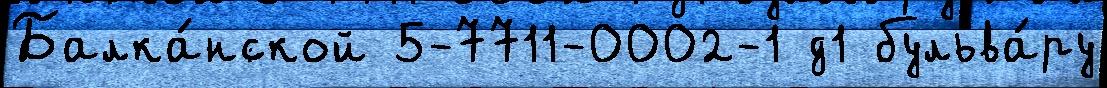
Балка́нской 5-7711-0002-1 д1 бульва́ру